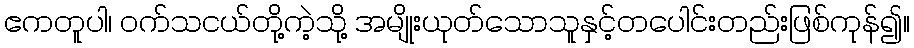
ဧကတူပါ၊ ဝက်သငယ်တို့ကဲ့သို့ အမျိုးယုတ်သောသူနှင့်တပေါင်းတည်းဖြစ်ကုန်၍။